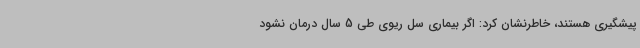
پیشگیری هستند، خاطرنشان کرد: اگر بیماری سل ریوی طی 5 سال درمان نشود